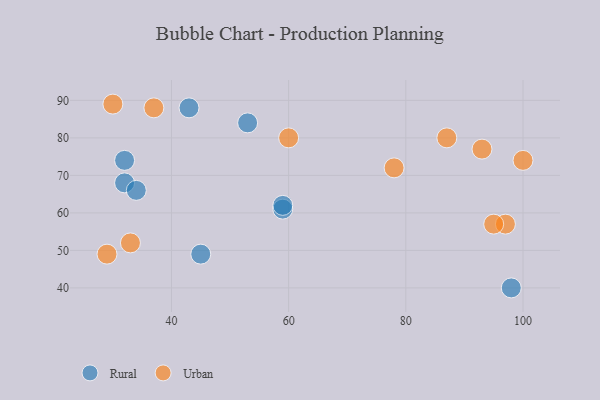
{"axis": {"x": "GDP", "y": "Life Expectancy"}, "legend": ["Rural", "Urban"], "data": [{"x": "43", "y": 88, "type": "Rural"}, {"x": "32", "y": 74, "type": "Rural"}, {"x": "45", "y": 49, "type": "Rural"}, {"x": "32", "y": 68, "type": "Rural"}, {"x": "59", "y": 61, "type": "Rural"}, {"x": "34", "y": 66, "type": "Rural"}, {"x": "59", "y": 62, "type": "Rural"}, {"x": "98", "y": 40, "type": "Rural"}, {"x": "53", "y": 84, "type": "Rural"}, {"x": "30", "y": 89, "type": "Urban"}, {"x": "60", "y": 80, "type": "Urban"}, {"x": "33", "y": 52, "type": "Urban"}, {"x": "93", "y": 77, "type": "Urban"}, {"x": "100", "y": 74, "type": "Urban"}, {"x": "97", "y": 57, "type": "Urban"}, {"x": "95", "y": 57, "type": "Urban"}, {"x": "78", "y": 72, "type": "Urban"}, {"x": "37", "y": 88, "type": "Urban"}, {"x": "29", "y": 49, "type": "Urban"}, {"x": "87", "y": 80, "type": "Urban"}]}